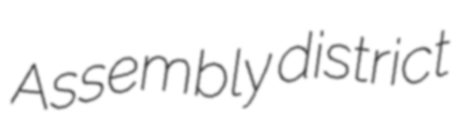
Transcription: Assembly district